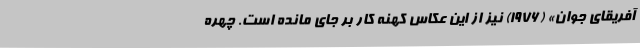
آفریقای جوان» (1976) نیز از این عکاس کهنه کار بر جای مانده است. چهره